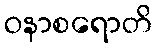
ဝနာစရောတိ